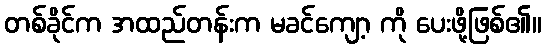
တစ်ခိုင်က အထည်တန်းက မခင်ကျော့ ကို ပေးဖို့ဖြစ်၏။